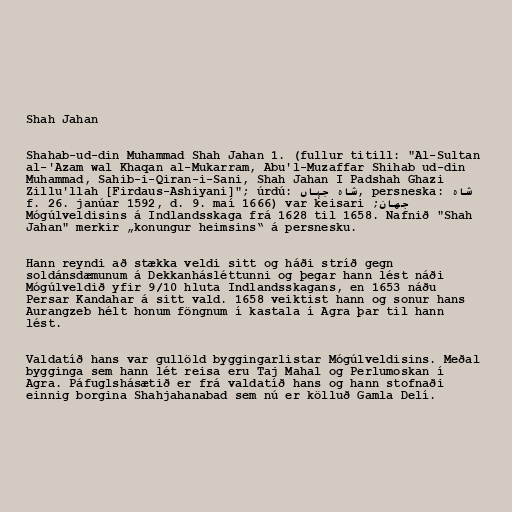
Shah Jahan

Shahab-ud-din Muhammad Shah Jahan 1. (fullur titill: "Al-Sultan
al-'Azam wal Khaqan al-Mukarram, Abu'l-Muzaffar Shihab ud-din
Muhammad, Sahib-i-Qiran-i-Sani, Shah Jahan I Padshah Ghazi
Zillu'llah [Firdaus-Ashiyani]"; úrdú: شاه ‌جہاں, persneska: شاه
جهان; f. 26. janúar 1592, d. 9. maí 1666) var keisari
Mógúlveldisins á Indlandsskaga frá 1628 til 1658. Nafnið "Shah
Jahan" merkir „konungur heimsins“ á persnesku.

Hann reyndi að stækka veldi sitt og háði stríð gegn
soldánsdæmunum á Dekkanhásléttunni og þegar hann lést náði
Mógúlveldið yfir 9/10 hluta Indlandsskagans, en 1653 náðu
Persar Kandahar á sitt vald. 1658 veiktist hann og sonur hans
Aurangzeb hélt honum föngnum í kastala í Agra þar til hann
lést.

Valdatíð hans var gullöld byggingarlistar Mógúlveldisins. Meðal
bygginga sem hann lét reisa eru Taj Mahal og Perlumoskan í
Agra. Páfuglshásætið er frá valdatíð hans og hann stofnaði
einnig borgina Shahjahanabad sem nú er kölluð Gamla Delí.